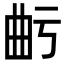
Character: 𭨙